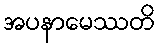
အပနာမေဿတိ